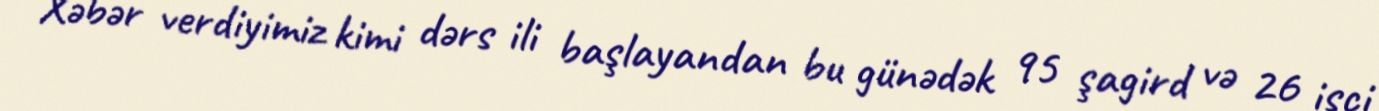
Xəbər verdiyimiz kimi dərs ili başlayandan bu günədək 95 şagird və 26 işçi